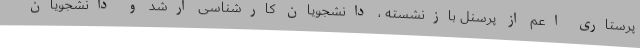
پرستاری اعم از پرسنل بازنشسته ، دانشجویان کارشناسی ارشد و دانشجویان